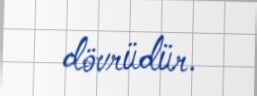
dövrüdür.